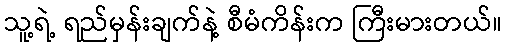
သူ့ရဲ့ ရည်မှန်းချက်နဲ့ စီမံကိန်းက ကြီးမားတယ်။